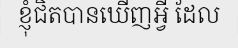
ខ្ញុំជិតបានឃើញអ្វី ដែល